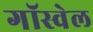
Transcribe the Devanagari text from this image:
गॉस्वेल